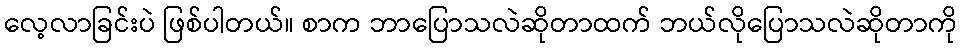
လေ့လာခြင်းပဲ ဖြစ်ပါတယ်။ စာက ဘာပြောသလဲဆိုတာထက် ဘယ်လိုပြောသလဲဆိုတာကို